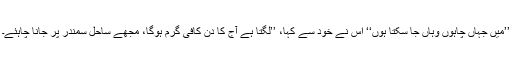
’’میں جہاں چاہوں وہاں جا سکتا ہوں‘‘ اس نے خود سے کہا، ’’لگتا ہے آج کا دن کافی گرم ہوگا، مجھے ساحلِ سمندر پر جانا چاہئے۔